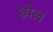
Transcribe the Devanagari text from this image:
ध्रोल